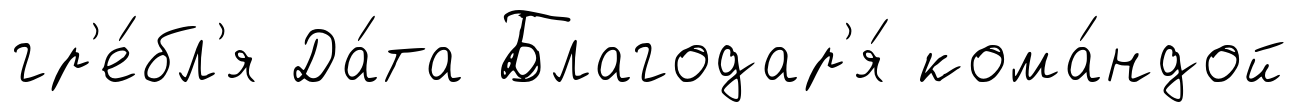
гр'е́бл'я Да́та Благодар'я́ кома́ндой